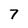
Character: 7